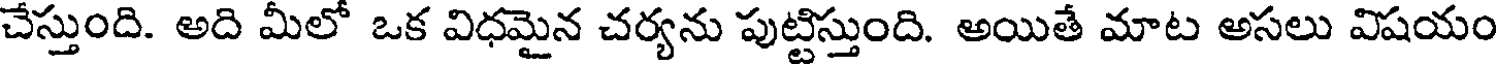
చేస్తుంది. అది మీలో ఒక విధమైన చర్యను పుట్టిస్తుంది. అయితే మాట అసలు విషయం